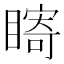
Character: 𥊘